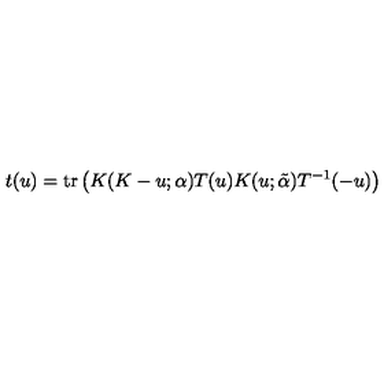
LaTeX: t ( u ) = \mathrm { t r } \left( K ( K - u ; { \bf \alpha } ) T ( u ) K ( u ; \tilde { \bf \alpha } ) T ^ { - 1 } ( - u ) \right)